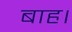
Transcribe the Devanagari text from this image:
बाह।